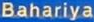
Bahariya